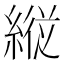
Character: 𦂵